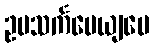
ဥပသင်္ကမေယျပေ